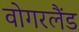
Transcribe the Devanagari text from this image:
वोगरलैंड